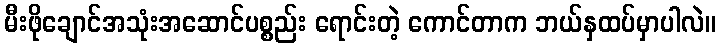
မီးဖိုချောင်အသုံးအဆောင်ပစ္စည်း ရောင်းတဲ့ ကောင်တာက ဘယ်နှထပ်မှာပါလဲ။